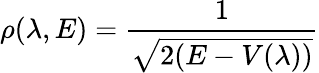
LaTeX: \rho(\lambda,E)=\frac{1}{\sqrt{2(E-V(\lambda))}}